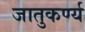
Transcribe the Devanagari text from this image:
जातुकर्ण्य